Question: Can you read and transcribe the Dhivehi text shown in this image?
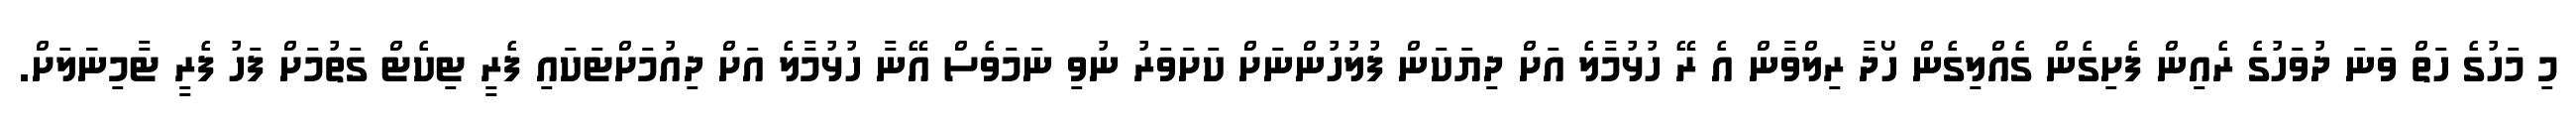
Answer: މި މަހުގެ ހަތް ވަނަ ދުވަހުގެ ރެއިން ފެށިގެން ގެއްލިގެން ހޯދާ ރިލްވާން އެ ރޭ ހުޅުމާލެ އަށް ދިޔަކަން ފުލުހުންނަށް ކަށަވަރު ނުވި ނަމަވެސް އޭނާ ހުޅުމާލެ އަށް ދިއުމަށްޓަކައި ފެރީ ޓިކެޓް ގަތުމަށް ފަހު ފެރީ ޓާމިނަަލަށް.